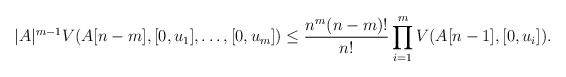
\begin{align*}|A|^{m-1}V(A[n-m],[0,u_1],\dots, [0,u_m])\le\frac{n^m(n-m)!}{n!}\prod_{i=1}^mV(A[n-1],[0,u_i]).\end{align*}